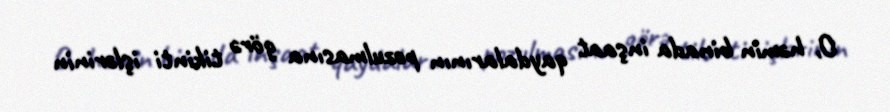
O, həmin binada inşaat qaydalarının pozulmasına görə tikinti işlərinin